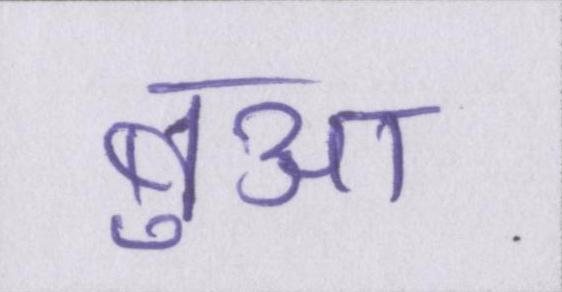
बुआ